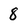
Character: 8